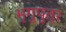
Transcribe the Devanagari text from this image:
भृगुपुत्र